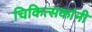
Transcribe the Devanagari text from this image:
चिकित्सकांनी